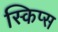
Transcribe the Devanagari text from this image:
स्किप्स